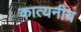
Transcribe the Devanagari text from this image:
कात्यनीय